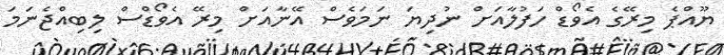
ޔޫއްޕެ މިރޭގެ އެވޯޑް ހަފުލާއަށް ނުދިޔަ ނަމަވެސް އޭނާއަށް މިރޭ އެވޯޑްސް ލިބިއްޖެނަމަ